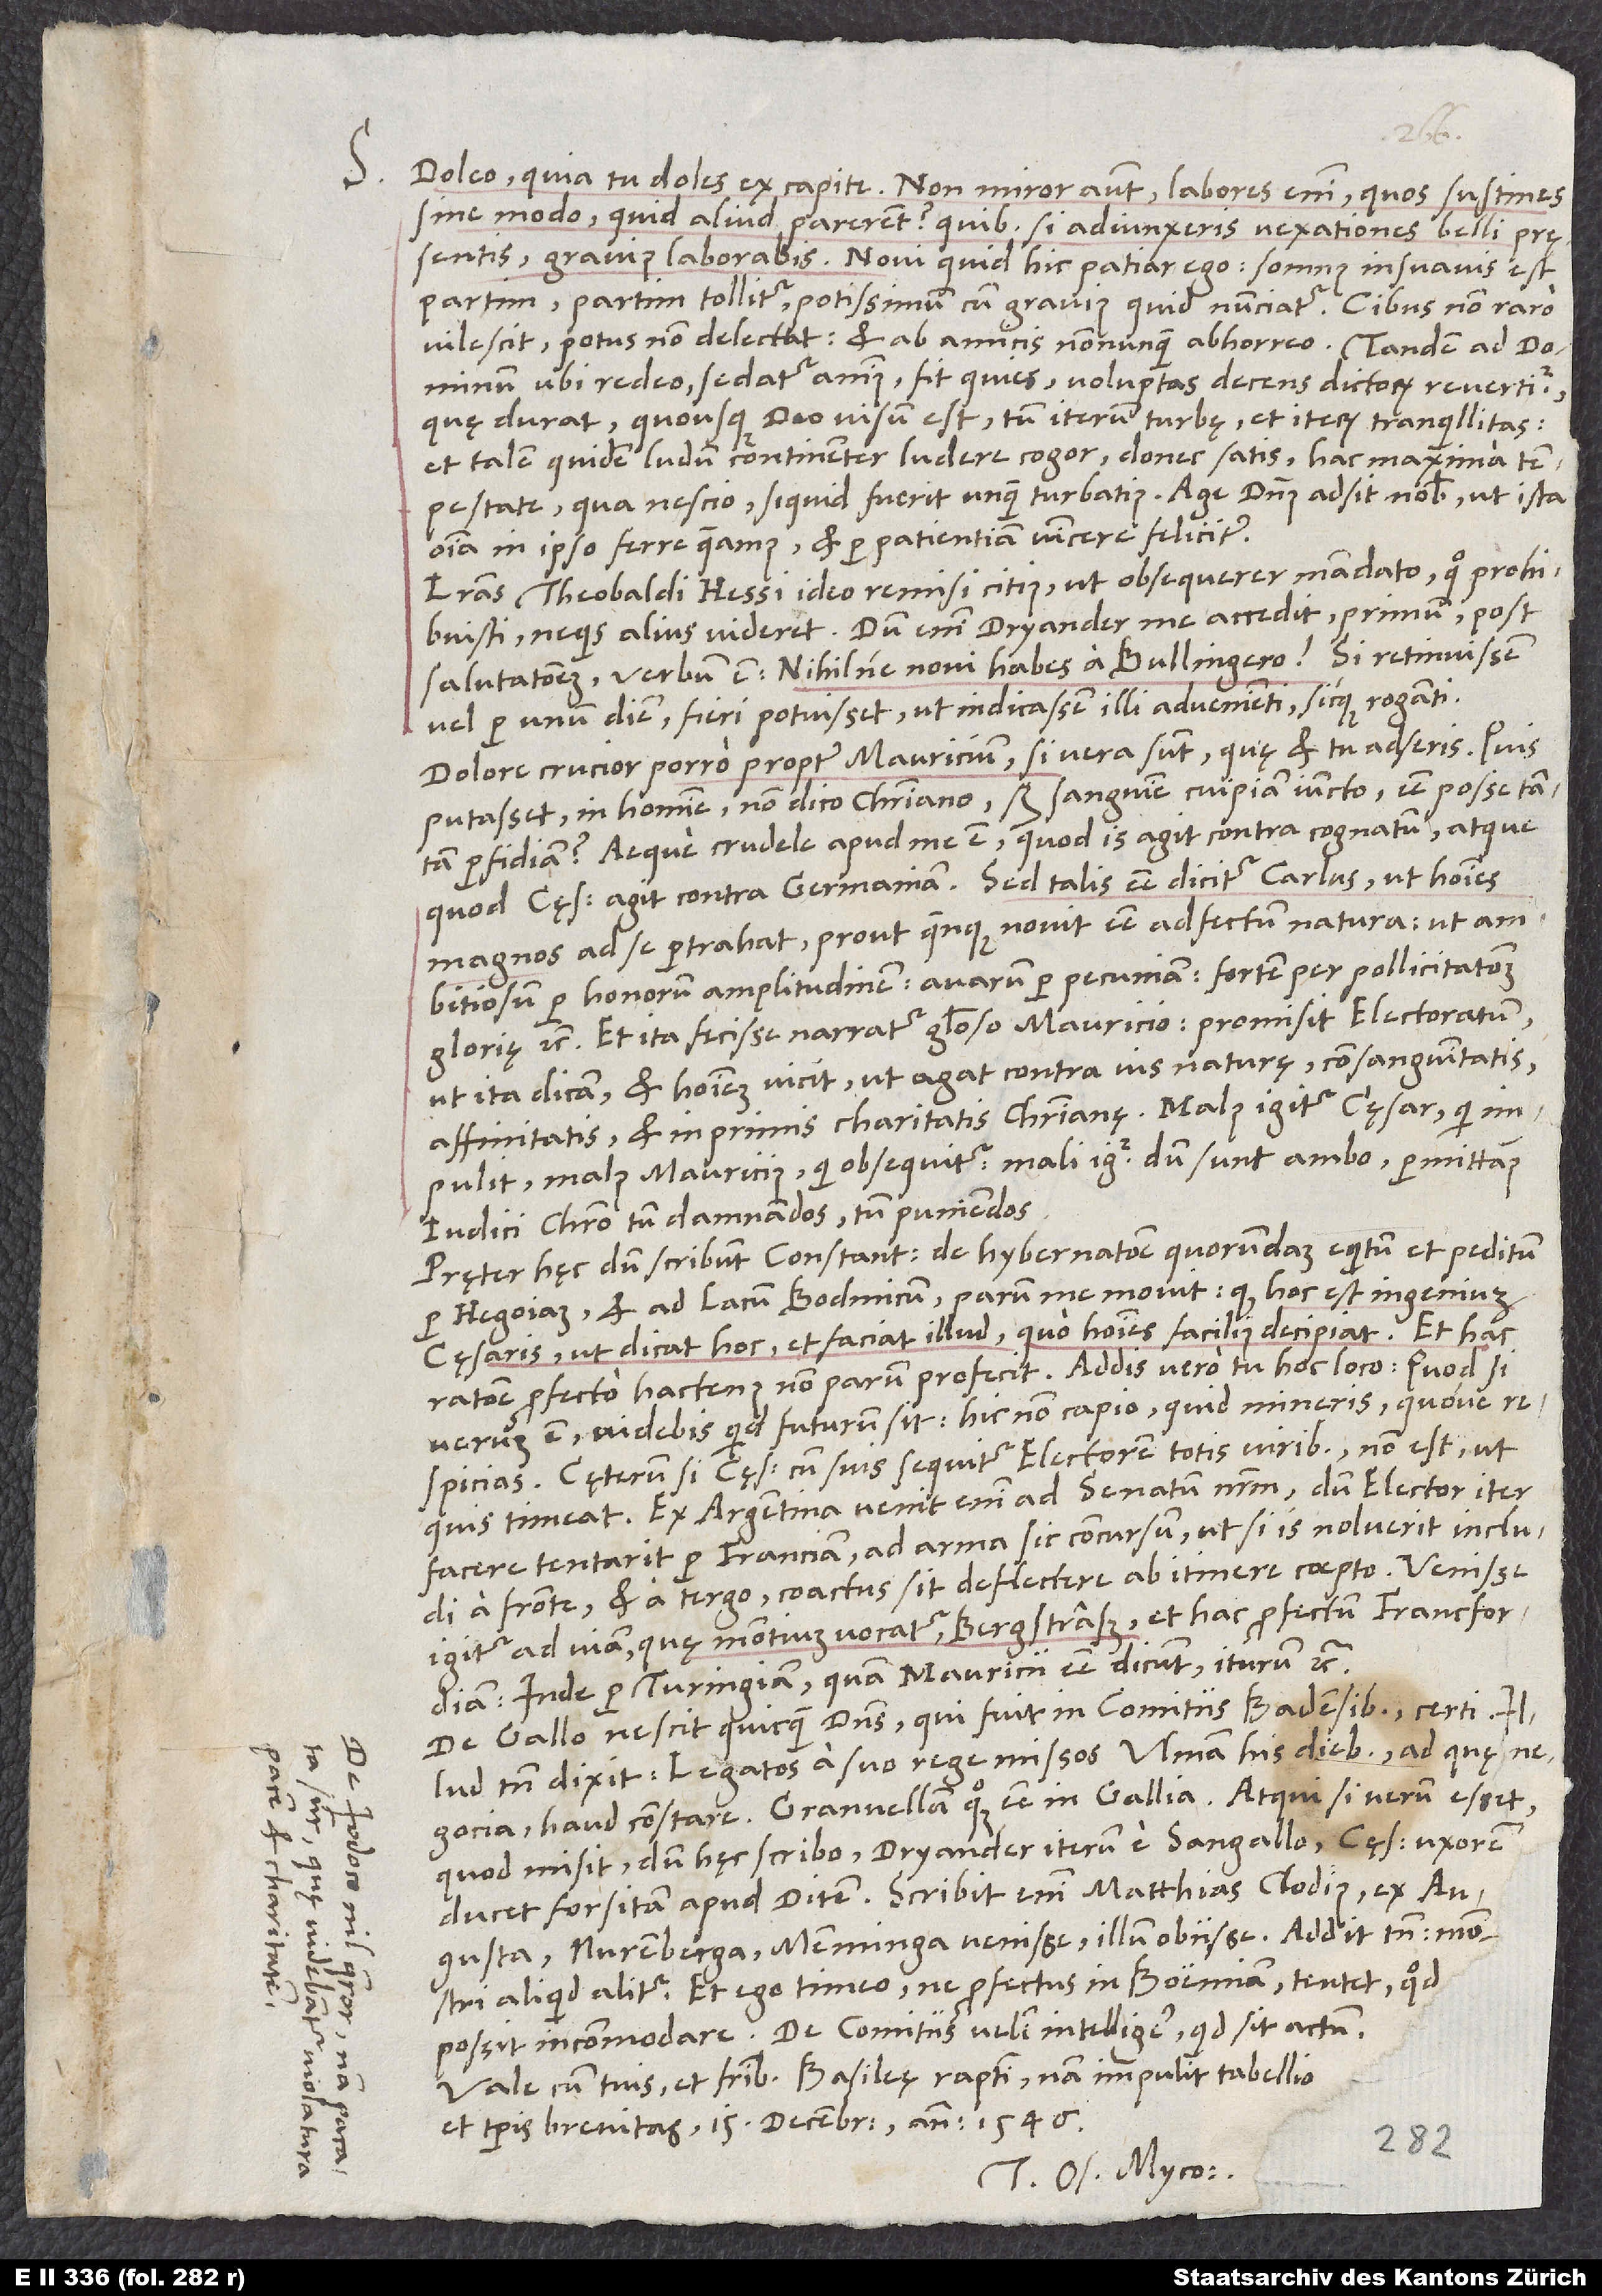
S.

Doleo, quia tu doles ex capite. Non miror autem. Labores enim, quos sustines
sine modo, quid aliud parerent? Quibus si adiunxeris vexationes belli pręsentis,
gravius laborabis. Novi, quid hic patiar ego. Somnus insuavis est
partim, partim tollitur, potissimum cum gravius quid nunciatur. Cibus non raro
vilescit; potus non delectat; et ab amicis nonnunquam abhorreo. Tandem, ad dominum
ubi redeo, sedatur animus, fit quies, voluptas decens dictorum revertitur.
Quę durat, quousque deo visum est. Tum iterum turbę et iterum tranquillitas.
Et talem quidem ludum continenter ludere cogor, donec satis hac maxima
tempestate, qua nescio si quid fuerit unquam turbatius. Age, dominus adsit nobis, ut ista
omnia in ipso ferre queamus et per patientiam vincere feliciter!
Literas Theobaldi Hessi ideo remisi citius, ut obsequerer mandato, quo prohibuisti,
ne quis alius videret. Dum enim Dryander me accedit, primum post
salutationem verbum est: „Nihilne novi habes a Bullingero?“ Si retinuissem
vel per unum diem, fieri potuisset, ut indicassem illi advenienti sicque roganti.
Dolore crucior porro propter Mauricium, si vera sunt, quę et tu adseris. Quis
putasset in homine, non dico christiano, sed sanguine cuipiam iuncto, esse posse tantam
perfidiam? Aeque crudele apud me est, quod is agit contra cognatum, atque
quod cęsar agit contra Germaniam. Sed talis esse dicitur Carlus, ut homines
magnos ad se pertrahat, prout quenquam novit esse adfectum natura, ut
ambitiosum per honorum amplitudinem, avarum per pecuniam, fortem per pollicitationem
glorię, etc. Et ita fecisse narratur glorioso Mauricio: Promisit electoratum,
ut ita dicam, et hominem vicit, ut agat contra ius naturę, consanguinitatis,
affinitatis et inprimis charitatis christianę. Malus igitur cęsar, qui
impulit; malus Mauricius, qui obsequitur. Mali igitur dum sunt ambo, permittamus
iudici Christo tum damnandos tum puniendos.
Pręter hęc dum scribunt Constantienses de hybernatione quorundam equitum et peditum
per Hegoiam et ad lacum Bodmicum, parum me movit, quod hoc est ingenium
cęsaris, ut dicat hoc et faciat illud, quo homines facilius decipiat. Et hac
ratione profecto hactenus non parum profecit. Addis vero tu hoc loco: „Quod si
verum est, videbis, quid futurum sit.“ Hic non capio. Quid mineris quove
respicias? Cęterum si cęsar cum suis sequitur electorem totis viribus, non est, ut
quis timeat. Ex Argentina venit enim ad senatum nostrum, dum elector iter
facere tentarit per Franciam, ad arma sic concursum, ut, si is noluerit includi
a fronte et a tergo, coactus sit deflectere ab itinere coepto. Venisse
igitur ad viam, quę Montium vocatur, Bergstraß, et hac profectum Francfordiam,
inde per Thuringiam, quam Mauricii esse dicunt, iturum, etc.
De Gallo nescit quicquam dominus, qui fuit in comitiis Badensibus, certi. Illud
tamen dixit, legatos a suo rege missos Ulmam his diebus; ad quę
quod misit, dum hęc scribo, Dryander iterum e Sangallo, cęsar uxorem
ducet forsitan apud Ditem. Scribit enim Matthias Clodius ex
Augusta, Nuremberga, Memminga venisse illum obiisse. Addit tamen: „Monstri
aliquid alitur.“ Et ego timeo, ne profectus in Boemiam tentet, quod
Vale cum tuis et fratribus. Basileę raptim, nam impulit tabellio
et temporis brevitas. 15. decembris anno 1546.
Tuus Os. Myco.